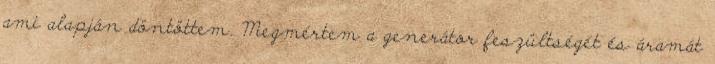
ami alapján döntöttem. Megmértem a generátor feszültségét és áramát